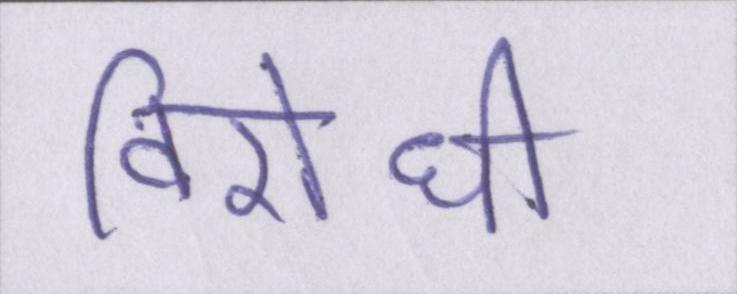
विरोधी